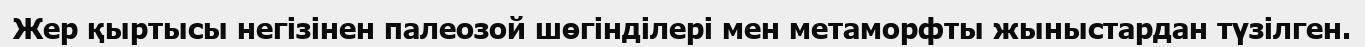
Жер қыртысы негізінен палеозой шөгінділері мен метаморфты жыныстардан түзілген.